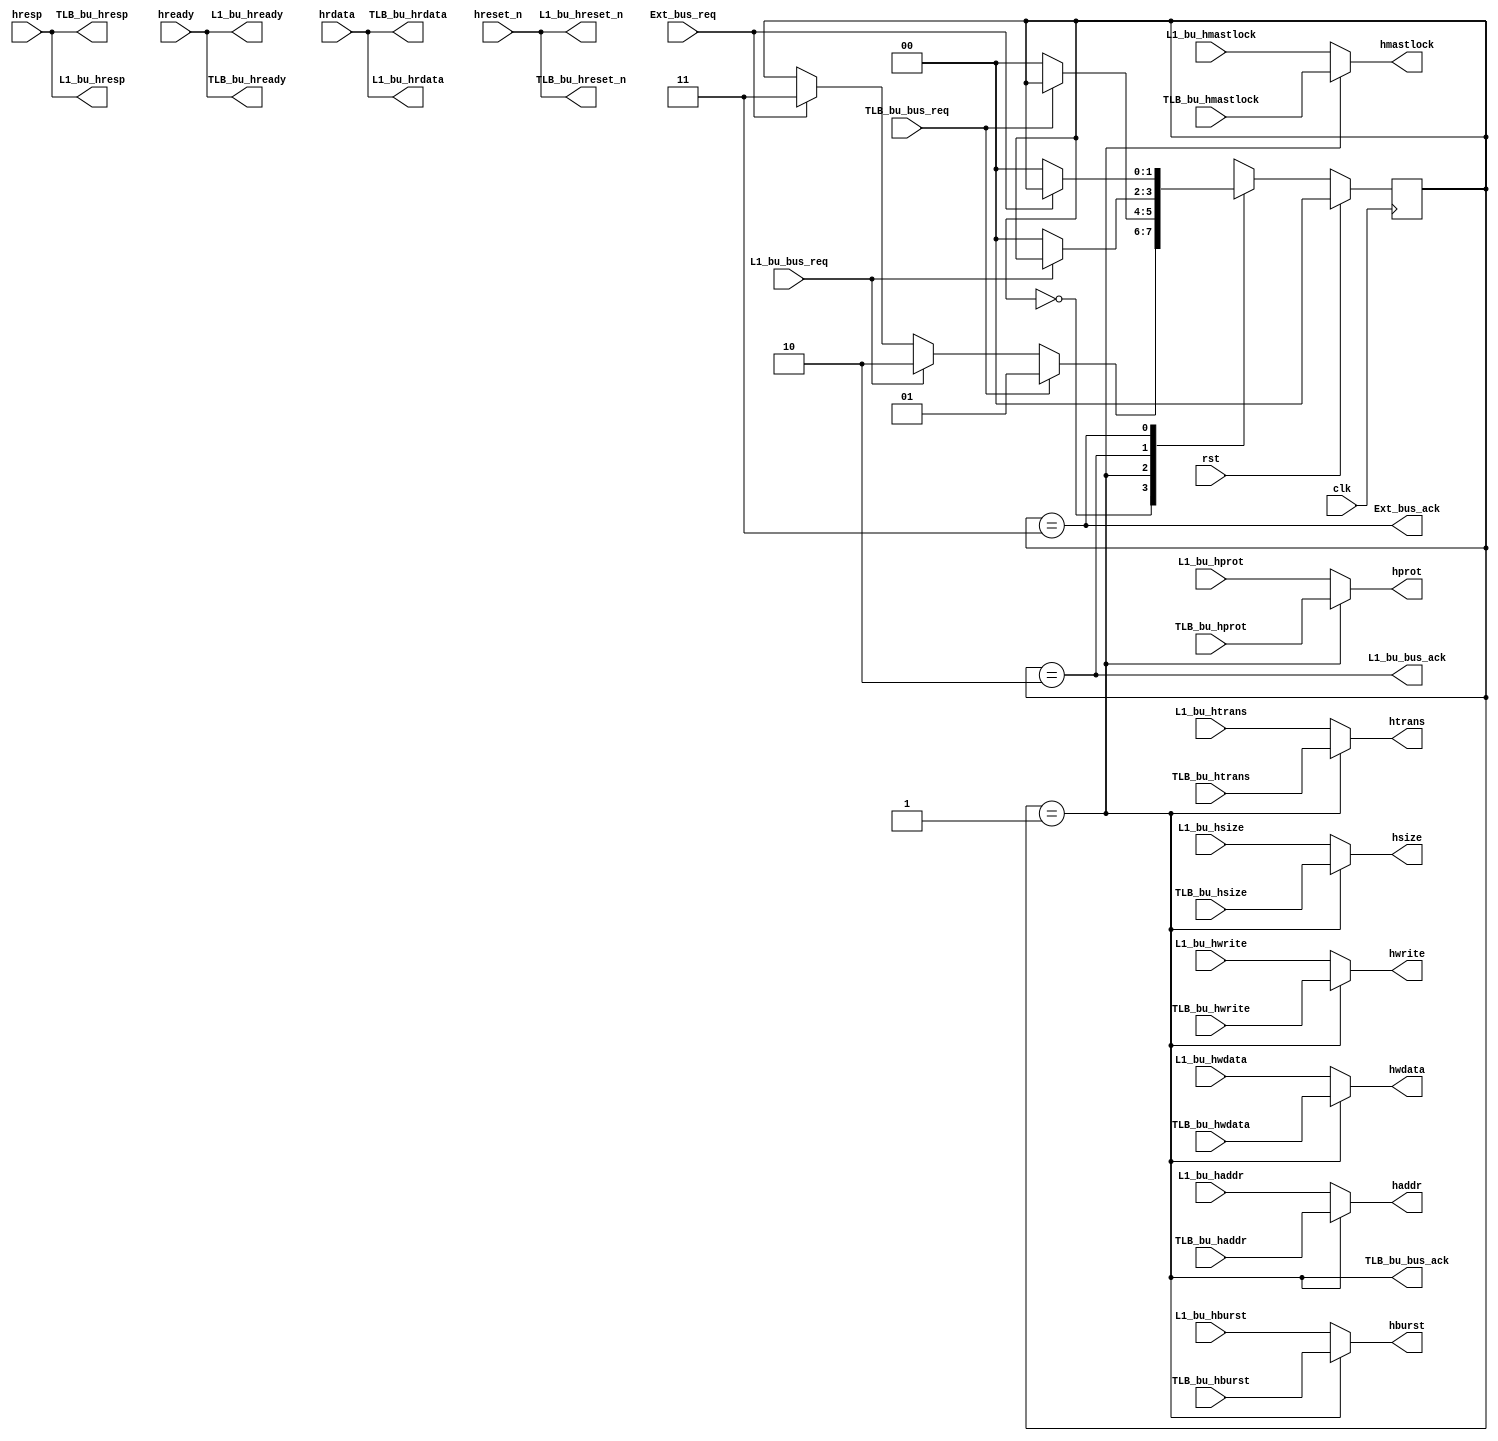
/*
bu_mux: bus unit mux, TLB buL1 bu

*/
module bu_mux(
input wire clk,
input wire rst,
//TLB bu ahb
input [63:0]TLB_bu_haddr,
input TLB_bu_hwrite,
input [3:0]TLB_bu_hsize,
input [2:0]TLB_bu_hburst,
input [3:0]TLB_bu_hprot,
input [1:0]TLB_bu_htrans,
input TLB_bu_hmastlock,
input [63:0]TLB_bu_hwdata,

output wire TLB_bu_hready,
output wire TLB_bu_hresp,
output wire TLB_bu_hreset_n,
output wire [63:0]TLB_bu_hrdata,

output wire TLB_bu_bus_ack,		//
input wire TLB_bu_bus_req,		//

//TLB bu ahb
input [63:0]L1_bu_haddr,
input L1_bu_hwrite,
input [3:0]L1_bu_hsize,
input [2:0]L1_bu_hburst,
input [3:0]L1_bu_hprot,
input [1:0]L1_bu_htrans,
input L1_bu_hmastlock,
input [63:0]L1_bu_hwdata,

output wire L1_bu_hready,
output wire L1_bu_hresp,
output wire L1_bu_hreset_n,
output wire [63:0]L1_bu_hrdata,

output wire L1_bu_bus_ack,		//
input wire L1_bu_bus_req,		//

//
output wire Ext_bus_ack,
input wire Ext_bus_req,

//AHB
//ahb
output [63:0]haddr,
output hwrite,
output [3:0]hsize,
output [2:0]hburst,
output [3:0]hprot,
output [1:0]htrans,
output hmastlock,
output [63:0]hwdata,

input wire hready,
input wire hresp,
input wire hreset_n,
input wire [63:0]hrdata

);
reg [1:0]bus_mux_state;	//


always@(posedge clk)begin
	if(rst)begin
		bus_mux_state	<=	2'b00;
	end
	else begin
		case(bus_mux_state)
			2'b00	:	bus_mux_state	<=	TLB_bu_bus_req ? 2'b01 : L1_bu_bus_req ? 2'b10 : Ext_bus_req ? 2'b11 : bus_mux_state;
			2'b01	:	bus_mux_state	<=	!TLB_bu_bus_req ? 2'b00 : bus_mux_state;
			2'b10	:	bus_mux_state	<=	!L1_bu_bus_req  ? 2'b00 : bus_mux_state;
			2'b11	:	bus_mux_state	<=	!Ext_bus_req ? 2'b00 : bus_mux_state;
		endcase
	end
end
assign TLB_bu_bus_ack	=	(bus_mux_state==2'b01);
assign L1_bu_bus_ack	=	(bus_mux_state==2'b10);
assign Ext_bus_ack		=	(bus_mux_state==2'b11);
//AHBTLB-buL1-bu
//AHB
assign haddr	=	TLB_bu_bus_ack	?	TLB_bu_haddr	: L1_bu_haddr;
assign hwrite	=	TLB_bu_bus_ack	?	TLB_bu_hwrite	: L1_bu_hwrite;
assign hsize	=	TLB_bu_bus_ack	?	TLB_bu_hsize	: L1_bu_hsize;
assign hburst	=	TLB_bu_bus_ack	?	TLB_bu_hburst	: L1_bu_hburst;
assign hprot	=	TLB_bu_bus_ack	?	TLB_bu_hprot	: L1_bu_hprot;
assign htrans	=	TLB_bu_bus_ack	?	TLB_bu_htrans	: L1_bu_htrans;
assign hmastlock=	TLB_bu_bus_ack	?	TLB_bu_hmastlock: L1_bu_hmastlock;
assign hwdata	=	TLB_bu_bus_ack	?	TLB_bu_hwdata	: L1_bu_hwdata;

//TLB-bu
assign L1_bu_hready		=	hready;
assign L1_bu_hresp		=	hresp;
assign L1_bu_hreset_n	=	hreset_n;
assign L1_bu_hrdata		=	hrdata;
//L1-bu
assign TLB_bu_hready		=	hready;
assign TLB_bu_hresp		=	hresp;
assign TLB_bu_hreset_n	=	hreset_n;
assign TLB_bu_hrdata		=	hrdata;

endmodule